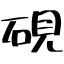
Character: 硯